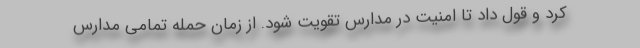
کرد و قول داد تا امنیت در مدارس تقویت شود. از زمان حمله تمامی مدارس